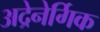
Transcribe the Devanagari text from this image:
अद्रेनेर्गिक